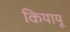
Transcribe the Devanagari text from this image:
कियायू